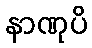
နာဏုပိ